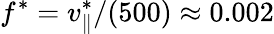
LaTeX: f^{\ast}=v_{\parallel}^{\ast}/(500)\approx 0.002